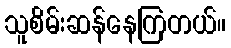
သူစိမ်းဆန်နေကြတယ်။